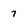
Character: 7